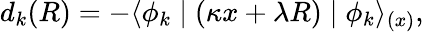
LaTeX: d_{k}(R)=-\langle\phi_{k}\mid(\kappa x+\lambda R)\mid\phi_{k}\rangle_{(x)},